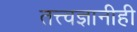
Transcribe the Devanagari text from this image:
तत्त्वज्ञानीही